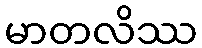
မာတလိဿ